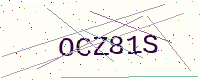
Text: OCZ81S